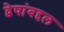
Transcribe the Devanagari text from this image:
द्वेषांबद्दल